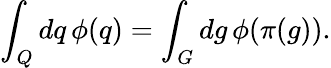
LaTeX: \int_{Q}dq\, \phi(q)=\int_{G}dg\, \phi(\pi(g)).